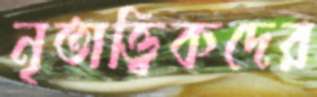
নৃতাত্ত্বিকদের